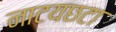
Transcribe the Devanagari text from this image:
नाटयछटा